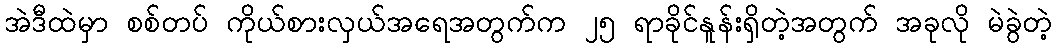
အဲဒီထဲမှာ စစ်တပ် ကိုယ်စားလှယ်အရေအတွက်က ၂၅ ရာခိုင်နူန်းရှိတဲ့အတွက် အခုလို မဲခွဲတဲ့